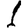
Digit: 1